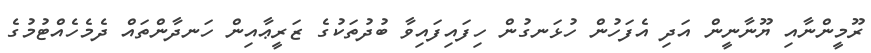
ރޫމީންނާއި ޔޫނާނީން އަދި އެފަހުން ހުޅަނގުން ހިފައިފައިވާ ބުދުތަކުގެ ޒަރީޢާއިން ހަނދާންތައް ދެމެހެއްޓުމުގެ